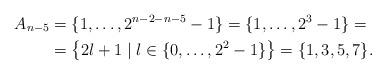
LaTeX: \begin{align*}A_{n-5}&=\{1,\dots,2^{n-2-n-5}-1\}=\{1,\dots,2^3-1\}=\\&=\left\{2l+1\mid l\in\{0,\dots,2^2-1\}\right\}=\{1,3,5,7\}.\end{align*}